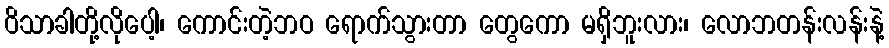
ဝိသာခါတို့လိုပေါ့၊ ကောင်းတဲ့ဘဝ ရောက်သွားတာ တွေကော မရှိဘူးလား၊ လောဘတန်းလန်းနဲ့